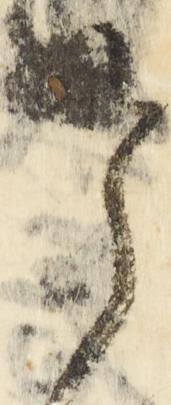
令